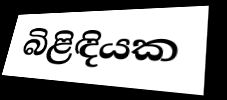
බිළිඳියක